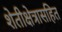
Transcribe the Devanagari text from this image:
शेतीक्षेत्रासहित